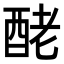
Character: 𨠬